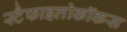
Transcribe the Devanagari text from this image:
स्टैफाइलोकॉकस